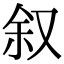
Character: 叙